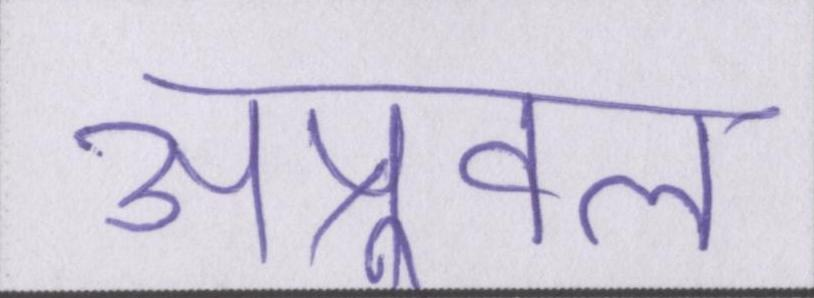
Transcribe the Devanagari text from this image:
अप्रूवल